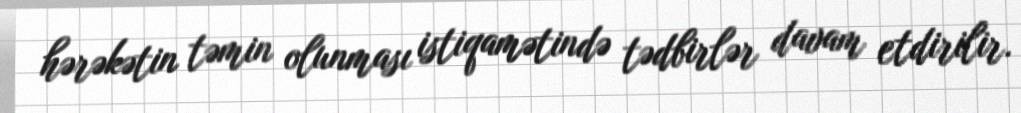
hərəkətin təmin olunması istiqamətində tədbirlər davam etdirilir.